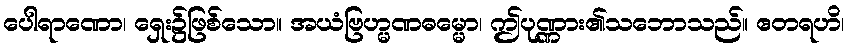
ပေါရာဏော၊ ရှေး၌ဖြစ်သော။ အယံဗြဟ္မဏဓမ္မော၊ ဤပုဏ္ဏား၏သဘောသည်။ ဧတရဟိ၊